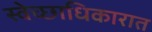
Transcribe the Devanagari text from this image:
स्वेच्छाधिकारात